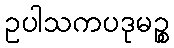
ဥပါသကပဒုမဉ္စ